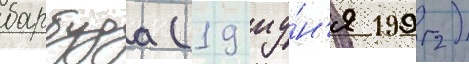
барбуда (19 иу́н'я 1992)